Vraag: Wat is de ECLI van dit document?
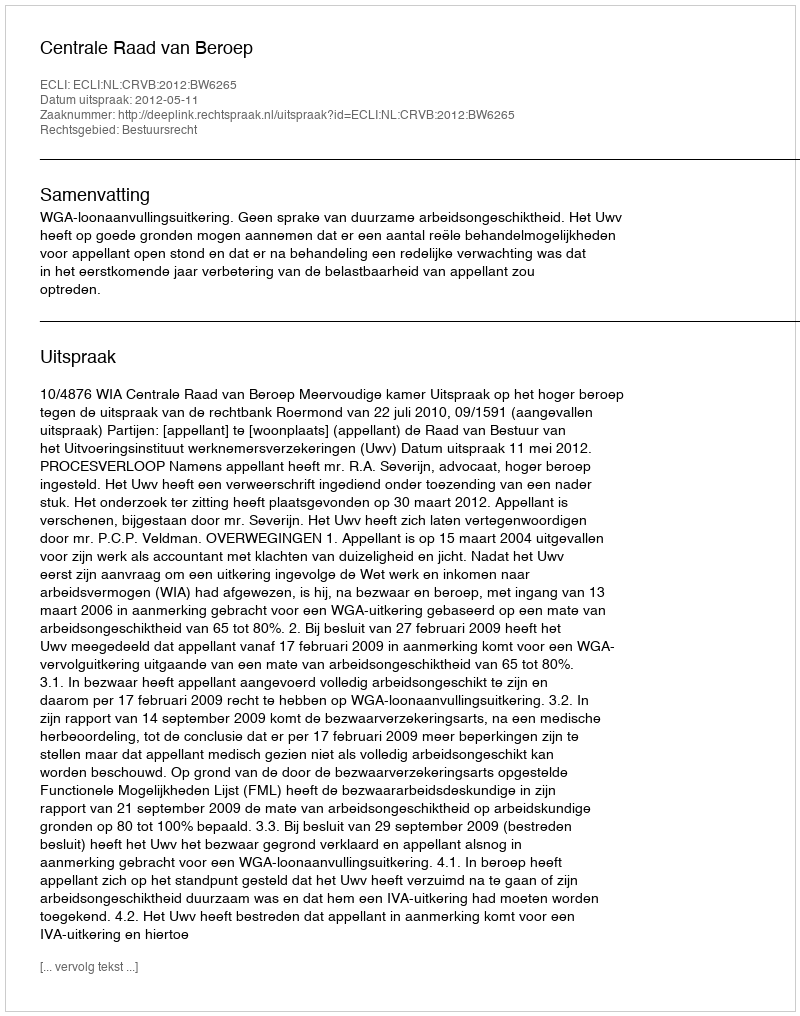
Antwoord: ECLI:NL:CRVB:2012:BW6265